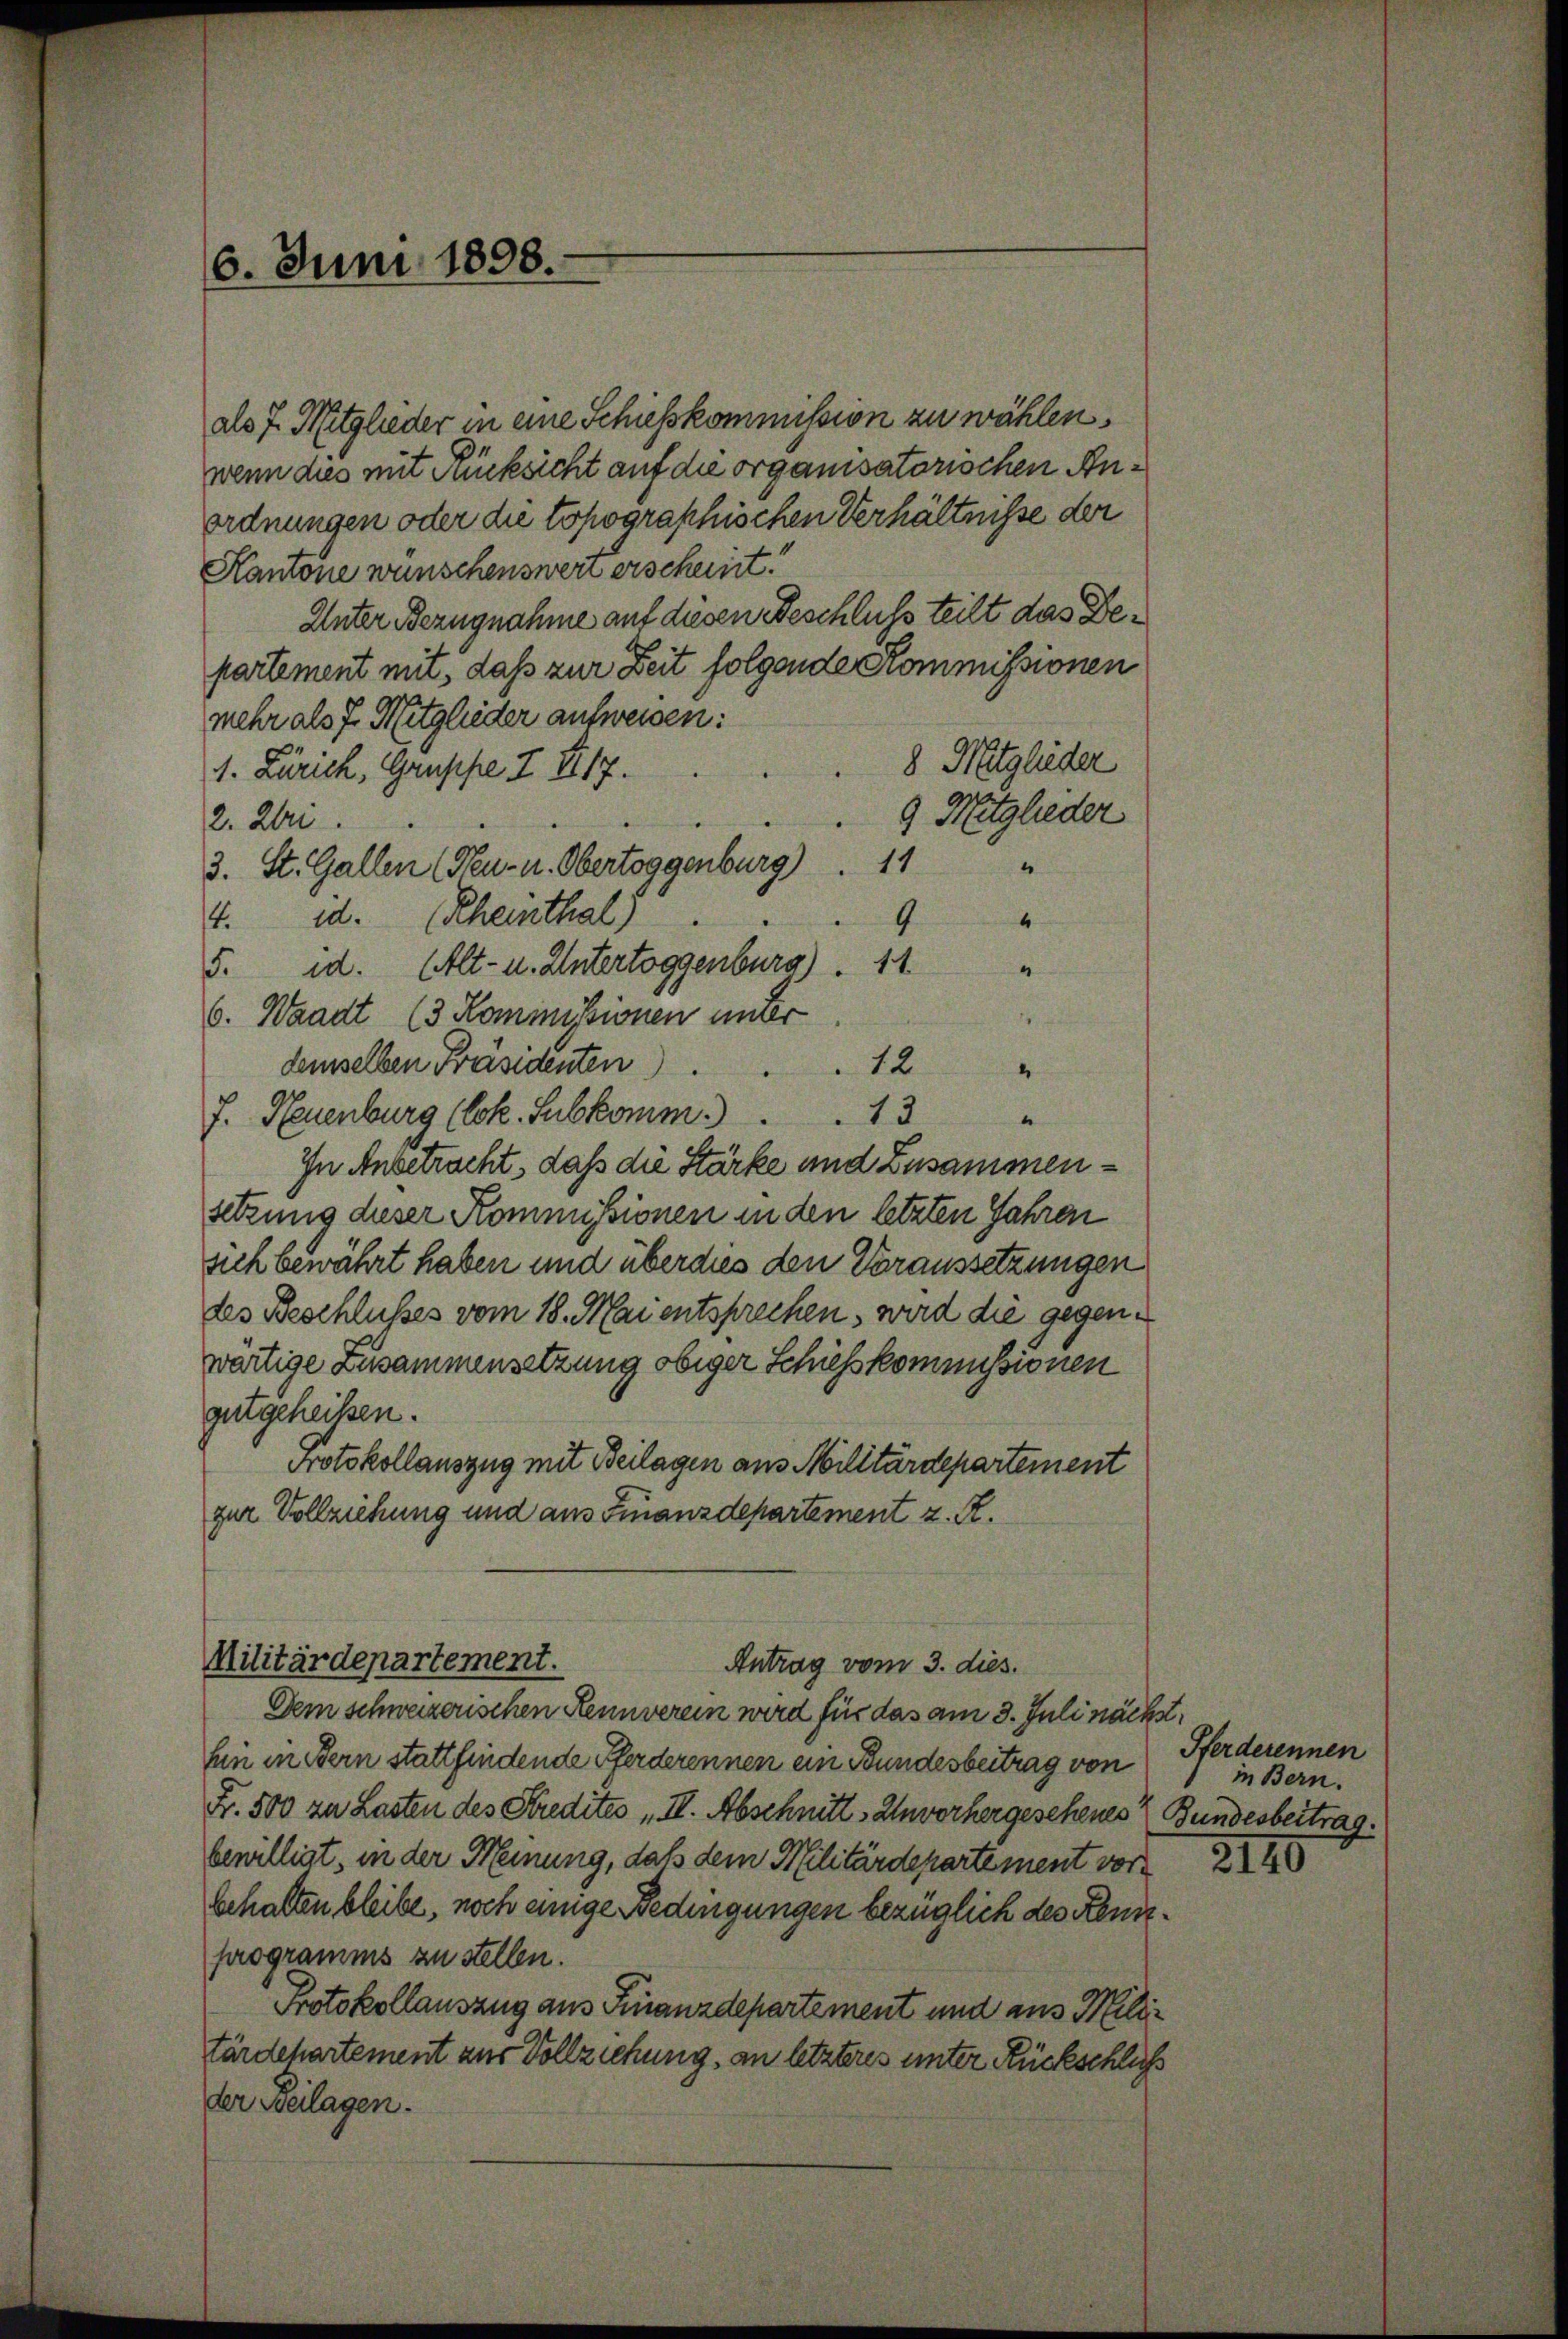
6. Juni 1898.

als 7. Mitglieder in eine Schiesskommission zu wählen.
wenn dies mit Rücksicht auf die organisatorischen Anordnungen oder die topographischen Verhältnisse der
Kantone wünschenswert erscheint!
Unter Bezugnahme auf diesen Beschluss teilt das Departement mit, daß zur Zeit folgende Kommissionen
mehr als 7. Mitglieder aufweisen:
8 Mitglieder
1. Zürich, Gruppe Z II 17.
9 Mitglieder
2. Uri
11
“
3. St. Gallen (Peu- u. Obertoggenburg)
4. d. Rheinthal)
9
5. id. (Alt- u. Untertoggenburg) . 11
4
6. Waadt (3 Kommissionen inner
12
demselben Präsidenten)
2
f. Neuenburg (lok. Subkomm . . . 13
“
In Anbetracht, daß die Stärke und Zusammensetzung dieser Kommissionen in den letzten Jahren
sich bewährt haben und überdies den Voraussetzungen
des Beschlußes vom 18. Mai entsprechen, wird die gegenwärtige Zusammensetzung obiger Schiesskommissionen
gutgeheißen.
Protokollauszug mit Beilagen aus Militärdepartement
zur Vollziehung und aus Finanzdepartement z. R.

Militärdepartement.
Antrag vom 3. dies

Dem schweizerischen Rennverein wird für das am 3. Juli nächst
hn in Bern stattfindende Pferderennen ein Bundesbeitrag von
Fr. 500 zu Lasten des Kredites III. Abschnitt „Unvorhergesehenes Bundesbeitrag.
bewilligt, in der Meinung, daß dem Militärdepartement vorbehalten bleibe, noch einige Bedingungen bezüglich des Kenntprogramms zu stellen.
Protokollauszug aus Finanzdepartement und aus Milde
tärdepartement aus Vollziehung, an letzteres unter Rückschluß
der Beilagen.

Pferderennen
in Bern.

2170